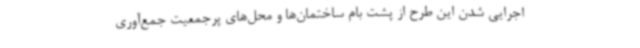
اجرایی شدن این طرح از پشت بام ساختمان‌ها و محل‌های پرجمعیت جمع‌آوری